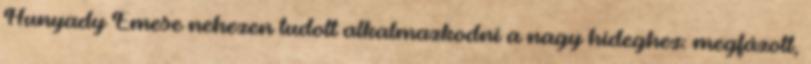
Hunyady Emese nehezen tudott alkalmazkodni a nagy hideghez: megfázott,